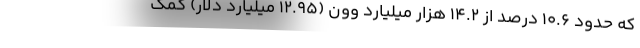
که حدود 10.6 درصد از 14.2 هزار میلیارد وون (12.95 میلیارد دلار) کمک‌